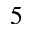
^ 5